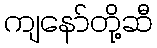
ကျနော်တို့ဆီ